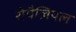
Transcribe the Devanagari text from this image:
रोपैलियल